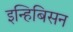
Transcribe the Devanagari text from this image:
इन्हिबिसन